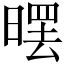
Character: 𣉳